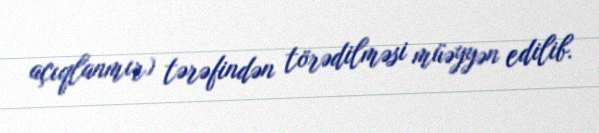
açıqlanmır) tərəfindən törədilməsi müəyyən edilib.